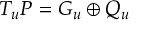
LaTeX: T _ { u } P = G _ { u } \oplus Q _ { u }